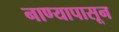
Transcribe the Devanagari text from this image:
नाण्यापासून